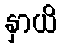
နှာယိ